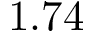
1 . 7 4